Leaving Certificate, 1901
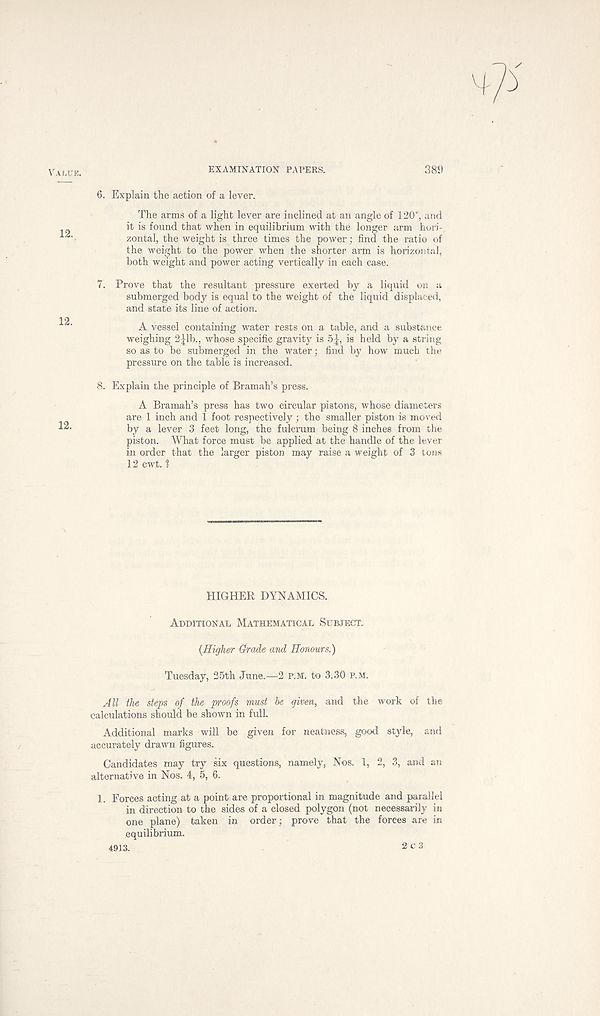
Value.
EXAMINATION PAPERS.
389
6. Explain the action of a lever.
The arms of a light lever are inclined at an angle of 120°, and
it is found that when in equilibrium with the longer arm hori-
zontal, the weight is three times the power; find the ratio of
the weight to the power when the shorter arm is horizontal,
both weight and power acting vertically in each case.
7. Prove that the resultant pressure exerted by a liquid on a
submerged body is equal to the weight of the liquid displaced,
and state its line of action.
A vessel containing water rests on a table, and a substance
weighing 2|lb., whose specific gravity is 5|, is held by a string
so as to be submerged in the water; find by how much the
pressure on the table is increased.
8. Explain the principle of Bramah’s press.
A Bramah’s press has two circular pistons, whose diameters
are 1 inch and 1 foot respectively ; the smaller piston is moved
by a lever 3 feet long, the fulcrum being 8 inches from the
piston. What force must be applied at the handle of the lever
in order that the larger piston may raise a weight of 3 tons
12 cwt. 1
HIGHER DYNAMICS.
Additional Mathematical Subject.
{Higher Grade and Honours.)
Tuesday, 25th June.—2 p.m. to 3.30 p m.
All the steps of the proofs must he given, and the work of the
calculations should be shown in full
Additional marks will be given for neatness, good style, and
accurately drawn figures.
Candidates may try six questions, namely, Nos. 1, 2, 3, and an
alternative in Nos. 4, 5, 6.
1. Forces acting at a point are proportional in magnitude and parallel
in direction to the sides of a closed polygon (not necessarily in
one plane) taken in order; prove that the forces are in
equilibrium.
4913.
2 c 3